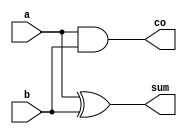
module ha(a,b,sum,co);
input a,b;
output sum,co;
assign sum=a^b;
assign co=a&b;
endmodule